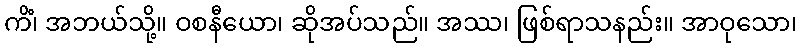
ကိံ၊ အဘယ်သို့။ ဝစနီယော၊ ဆိုအပ်သည်။ အဿ၊ ဖြစ်ရာသနည်း။ အာဝုသော၊